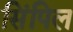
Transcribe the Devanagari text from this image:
सिंपिल